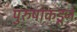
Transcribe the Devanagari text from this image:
पुरुषाकडून